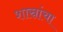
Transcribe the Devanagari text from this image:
शास्रांचा